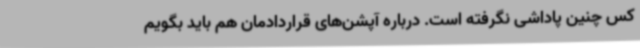
کس چنین پاداشی نگرفته است. درباره آپشن‌های قراردادمان هم باید بگویم